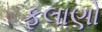
ફલાણો